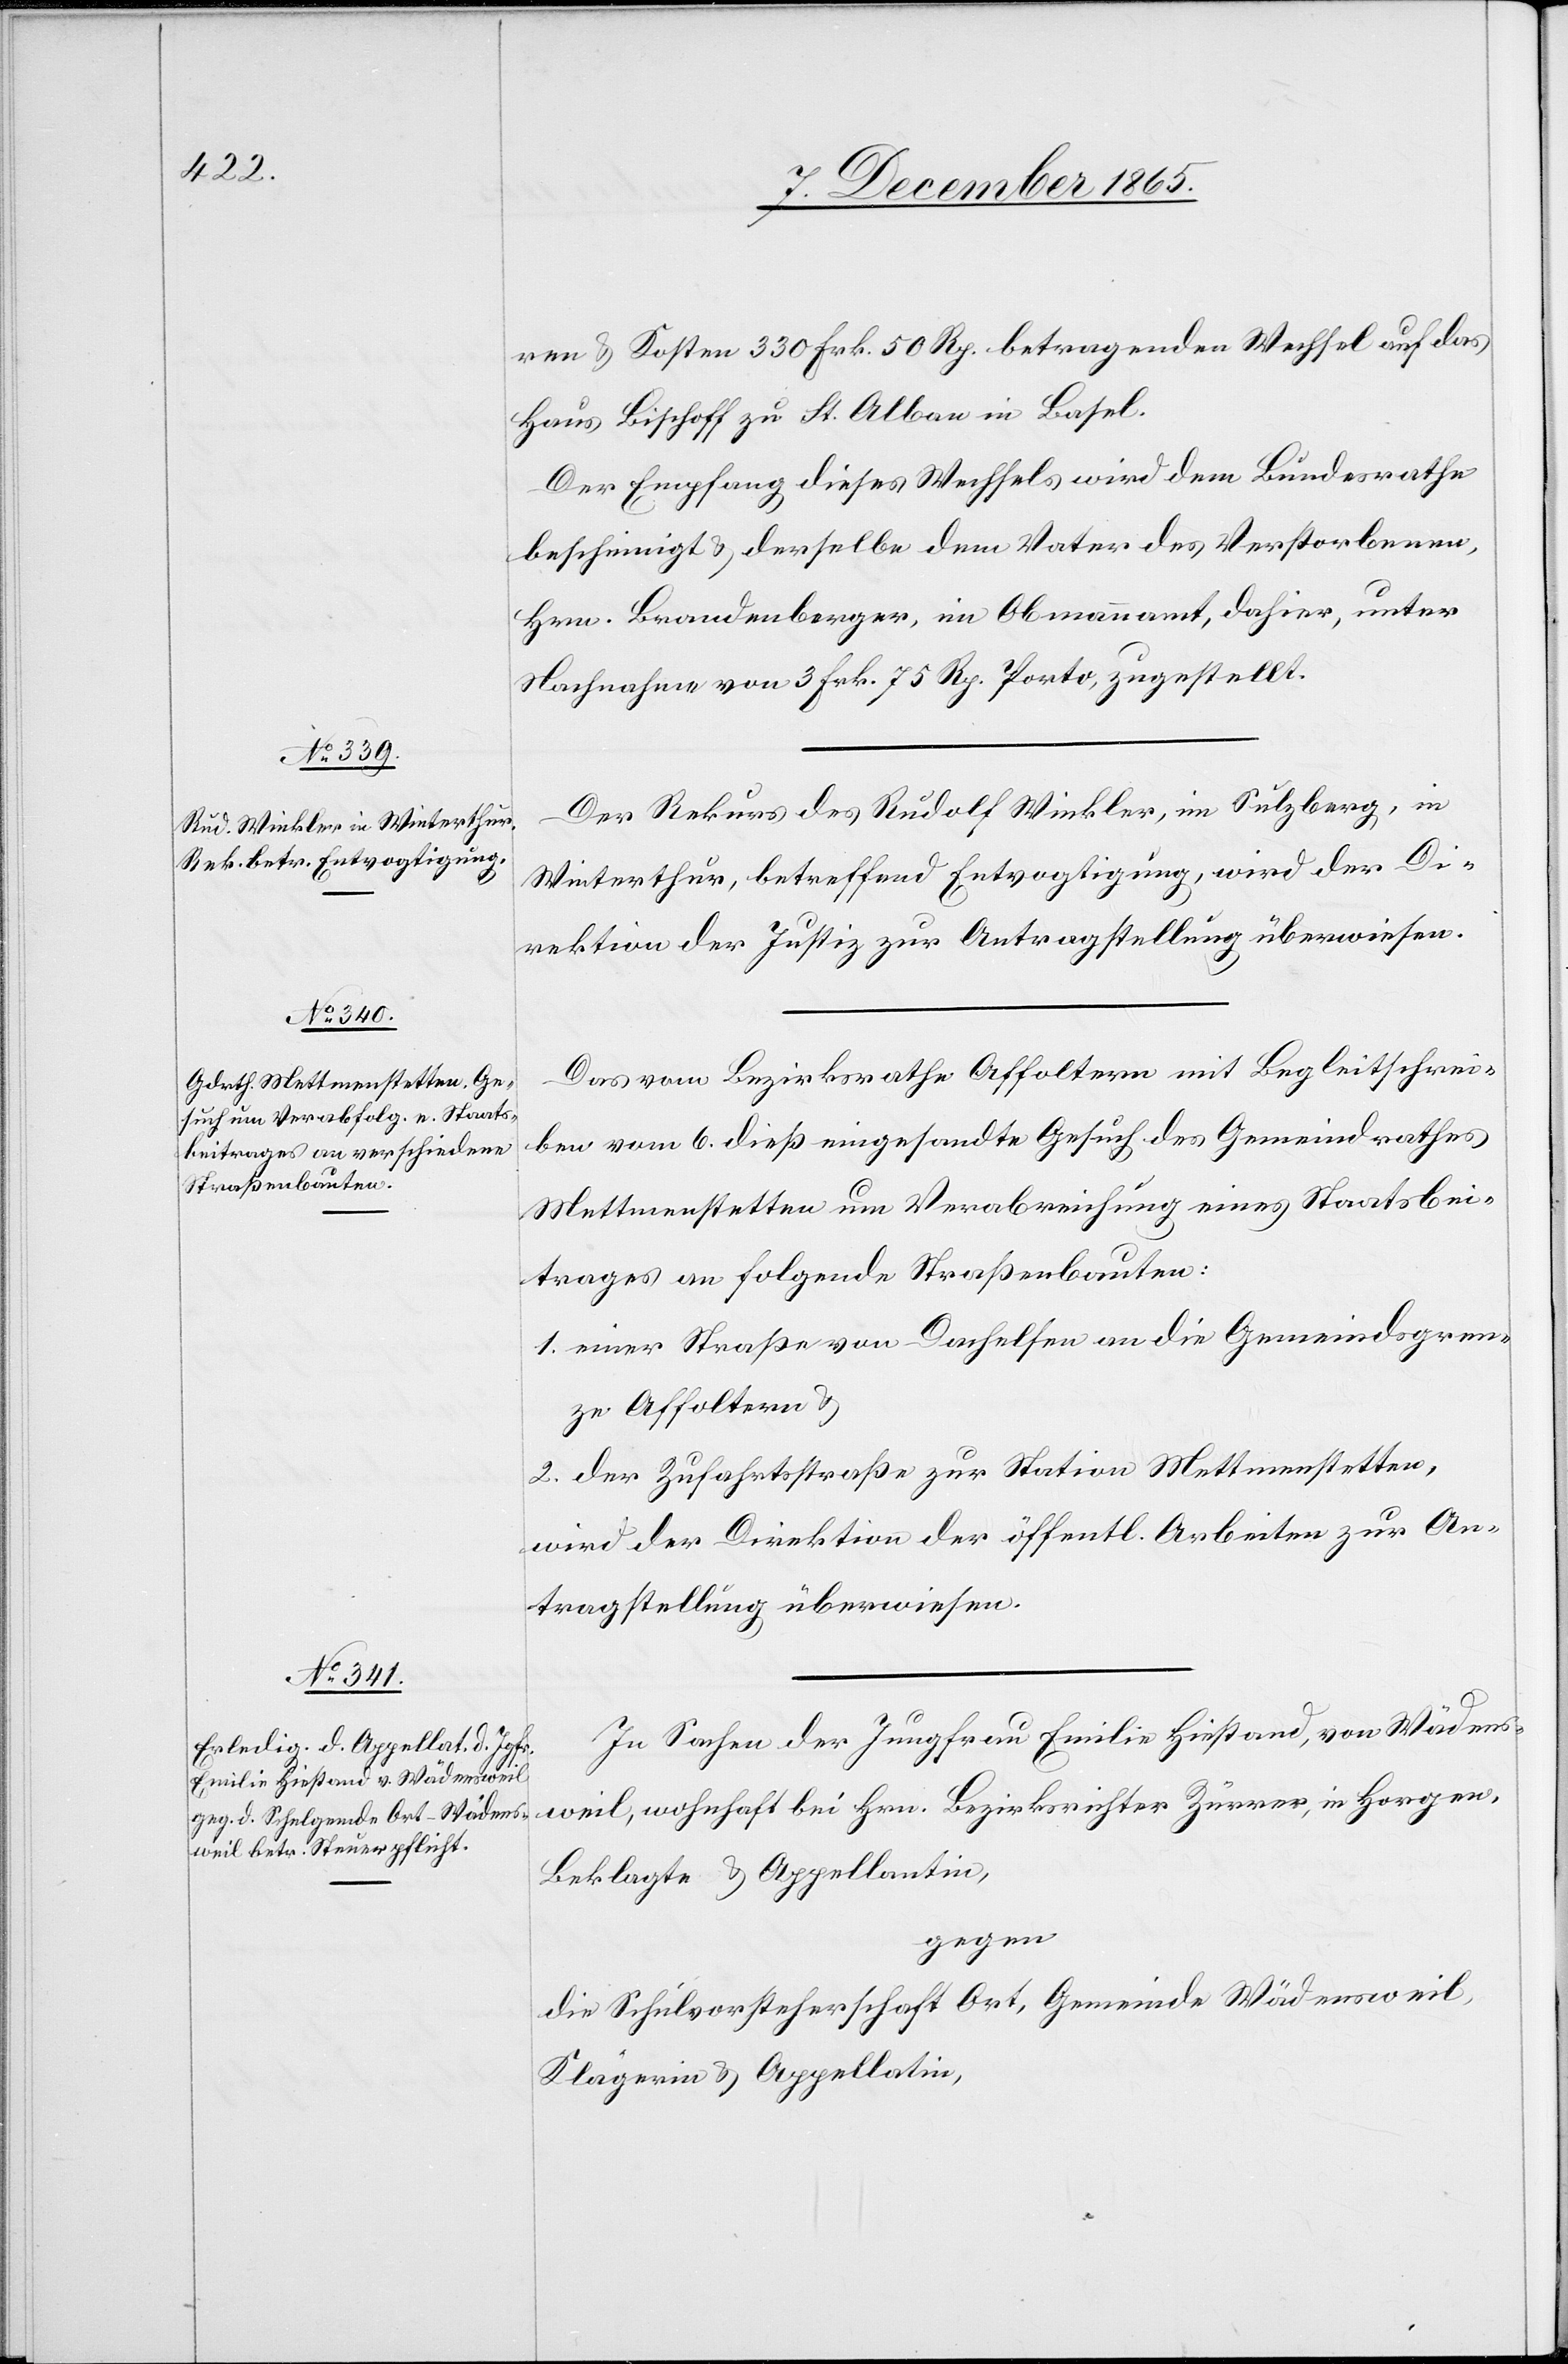
8. December 1865.]
ren & Kosten 330 Frk. 50 Rp. betragenden Wechsel auf das
Haus Bischoff zu St. Alban in Basel.
Der Empfang dieses Wechsels wird dem Bundesrathe
bescheinigt & derselbe dem Vater des Verstorbenen,
Hrn. Brandenberger, im Obmannamt, dahier, unter
Nachnahme von 3 Frk. 75 Rp. Porto, zugestellt.
Der Rekurs des Rudolf Winkler, im Sulzberg, in
Winterthur, betreffend Entvogtigung, wird der Di¬
rektion der Justiz zur Antragstellung überwiesen.
Das vom Bezirksrathe Affoltern mit Begleitschrei¬
ben vom 6. dieß eingesandte Gesuch des Gemeindrathes
Mettmenstetten um Verabreichung eines Staatsbei¬
trages an folgende Straßenbauten:
1. einer Straße von Dachelsen an die Gemeindsgren¬
ze Affoltern &
2. der Zufahrtsstraße zur Station Mettmenstetten,
wird der Direktion der öffentl. Arbeiten zur An¬
tragstellung überwiesen.
In Sachen der Jungfrau Emilie Hiestand, von Wädens¬
weil, wohnhaft bei Hrn. Bezirksrichter Zürrer, in Horgen,
Beklagte & Appellantin,
gegen
die Schulvorsteherschaft Ort, Gemeinde Wädensweil,
Klägerin & Appellatin,